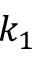
k _ { 1 }